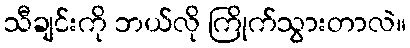
သီချင်းကို ဘယ်လို ကြိုက်သွားတာလဲ။